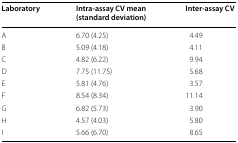
<table><thead><tr><td><b>Laboratory</b></td><td><b>Intra-assay CV mean (standard deviation)</b></td><td><b>Inter-assay CV</b></td></tr></thead><tbody><tr><td>A</td><td>6.70 (4.25)</td><td>4.49</td></tr><tr><td>B</td><td>5.09 (4.18)</td><td>4.11</td></tr><tr><td>C</td><td>4.82 (6.22)</td><td>9.94</td></tr><tr><td>D</td><td>7.75 (11.75)</td><td>5.68</td></tr><tr><td>E</td><td>5.81 (4.76)</td><td>3.57</td></tr><tr><td>F</td><td>8.54 (8.34)</td><td>11.14</td></tr><tr><td>G</td><td>6.82 (5.73)</td><td>3.90</td></tr><tr><td>H</td><td>4.57 (4.03)</td><td>5.80</td></tr><tr><td>I</td><td>5.66 (6.70)</td><td>8.65</td></tr></tbody></table>